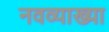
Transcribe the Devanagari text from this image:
नवव्याख्या